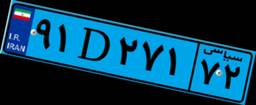
۹۷D۳۹۸۲۸